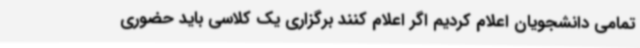
تمامی دانشجویان اعلام کردیم اگر اعلام کنند برگزاری یک کلاسی باید حضوری